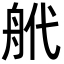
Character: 𦨮